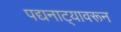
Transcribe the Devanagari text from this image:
पद्यनाट्यावरून